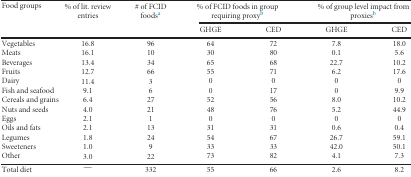
<table><thead><tr><td><b>Food groups</b></td><td><b>% of lit. review entries</b></td><td><b># of FCID foods<sup>a</sup></b></td><td colspan="2"><b>% of FCID foods in group requiring proxy<sup>b</sup></b></td><td colspan="2"><b>% of group level impact from proxies<sup>b</sup></b></td></tr><tr><td></td><td></td><td></td><td><b>GHGE</b></td><td><b>CED</b></td><td><b>GHGE</b></td><td><b>CED</b></td></tr></thead><tbody><tr><td>Vegetables</td><td>16.8</td><td>96</td><td>64</td><td>72</td><td>7.8</td><td>18.0</td></tr><tr><td>Meats</td><td>16.1</td><td>10</td><td>30</td><td>80</td><td>0.1</td><td>5.6</td></tr><tr><td>Beverages</td><td>13.4</td><td>34</td><td>65</td><td>68</td><td>22.7</td><td>10.2</td></tr><tr><td>Fruits</td><td>12.7</td><td>66</td><td>55</td><td>71</td><td>6.2</td><td>17.6</td></tr><tr><td>Dairy</td><td>11.4</td><td>3</td><td>0</td><td>0</td><td>0</td><td>0</td></tr><tr><td>Fish and seafood</td><td>9.1</td><td>6</td><td>0</td><td>17</td><td>0</td><td>9.9</td></tr><tr><td>Cereals and grains</td><td>6.4</td><td>27</td><td>52</td><td>56</td><td>8.0</td><td>10.2</td></tr><tr><td>Nuts and seeds</td><td>4.0</td><td>21</td><td>48</td><td>76</td><td>5.2</td><td>44.9</td></tr><tr><td>Eggs</td><td>2.1</td><td>1</td><td>0</td><td>0</td><td>0</td><td>0</td></tr><tr><td>Oils and fats</td><td>2.1</td><td>13</td><td>31</td><td>31</td><td>0.6</td><td>0.4</td></tr><tr><td>Legumes</td><td>1.8</td><td>24</td><td>54</td><td>67</td><td>26.7</td><td>59.1</td></tr><tr><td>Sweeteners</td><td>1.0</td><td>9</td><td>33</td><td>33</td><td>42.0</td><td>50.1</td></tr><tr><td>Other</td><td>3.0</td><td>22</td><td>73</td><td>82</td><td>4.1</td><td>7.3</td></tr><tr><td>Total diet</td><td>—</td><td>332</td><td>55</td><td>66</td><td>2.6</td><td>8.2</td></tr></tbody></table>